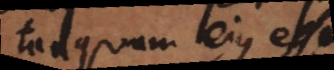
tanquam eius esse